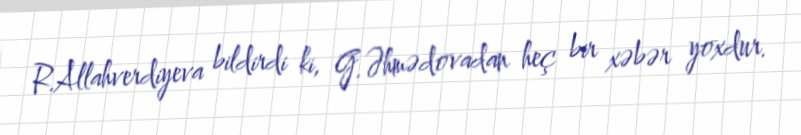
R.Allahverdiyeva bildirdi ki, G.Əhmədovadan heç bir xəbər yoxdur.